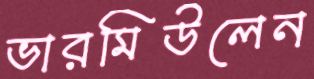
ভারমিউলেন